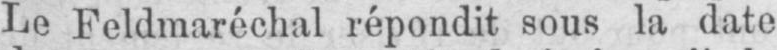
Le Feldmaréchal répondit sous la date